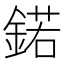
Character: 鍩